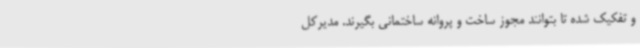
و تفکیک شده تا بتوانند مجوز ساخت و پروانه ساختمانی بگیرند. مدیرکل